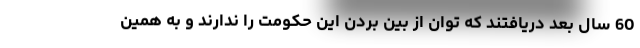
60 سال بعد دریافتند که توان از بین بردن این حکومت را ندارند و به همین